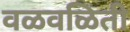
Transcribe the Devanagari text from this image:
वळवळिती